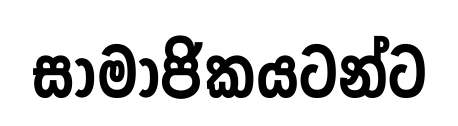
සාමාජිකයටන්ට